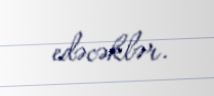
edəcəklər.